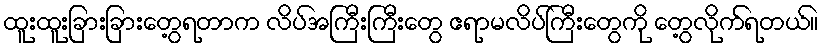
ထူးထူးခြားခြားတွေ့ရတာက လိပ်အကြီးကြီးတွေ ဧရာမလိပ်ကြီးတွေကို တွေ့လိုက်ရတယ်။